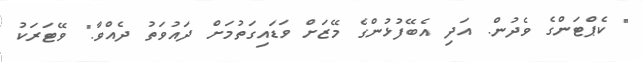
" ކެޕްޓަންގެ ވެދުން. އަދި އެބޭފުޅުންގެ މޭޒަށް ވަޑައިގަތުމަށް ދައުވަތު ދެއްވާ." ވޭޓަރަކު